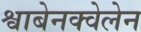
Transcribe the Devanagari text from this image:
श्वाबेनक्वेलेन